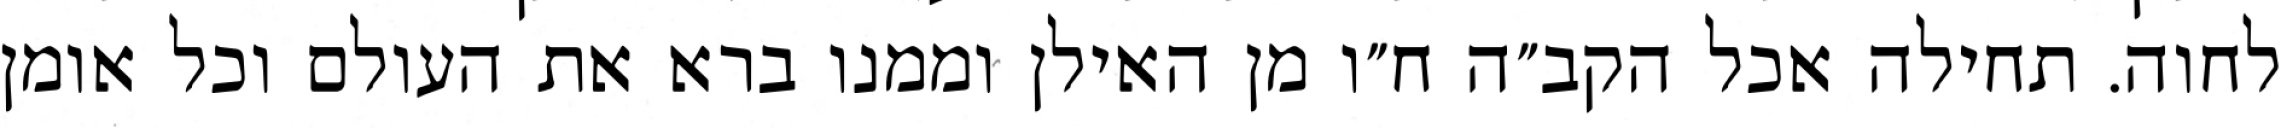
לחוה. תחילה אכל הקב״ה ח״ו מן האילן וממנו ברא את העולם וכל אומן